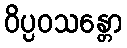
ဝိပ္ပဝသန္တော